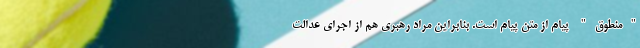
"منطوق" پیام از متن پیام است. بنابراین مراد رهبری هم از اجرای عدالت